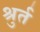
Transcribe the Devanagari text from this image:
श्रुर्त